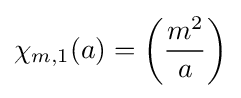
\chi _{m,1}(a)=\left({\frac {m^{2}}{a}}\right)